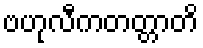
ဗဟုလီကတတ္တာတိ